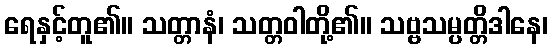
ရေနှင့်တူ၏။ သတ္တာနံ၊ သတ္တဝါတို့၏။ သဗ္ဗသမ္ပတ္တိဒါနေ၊